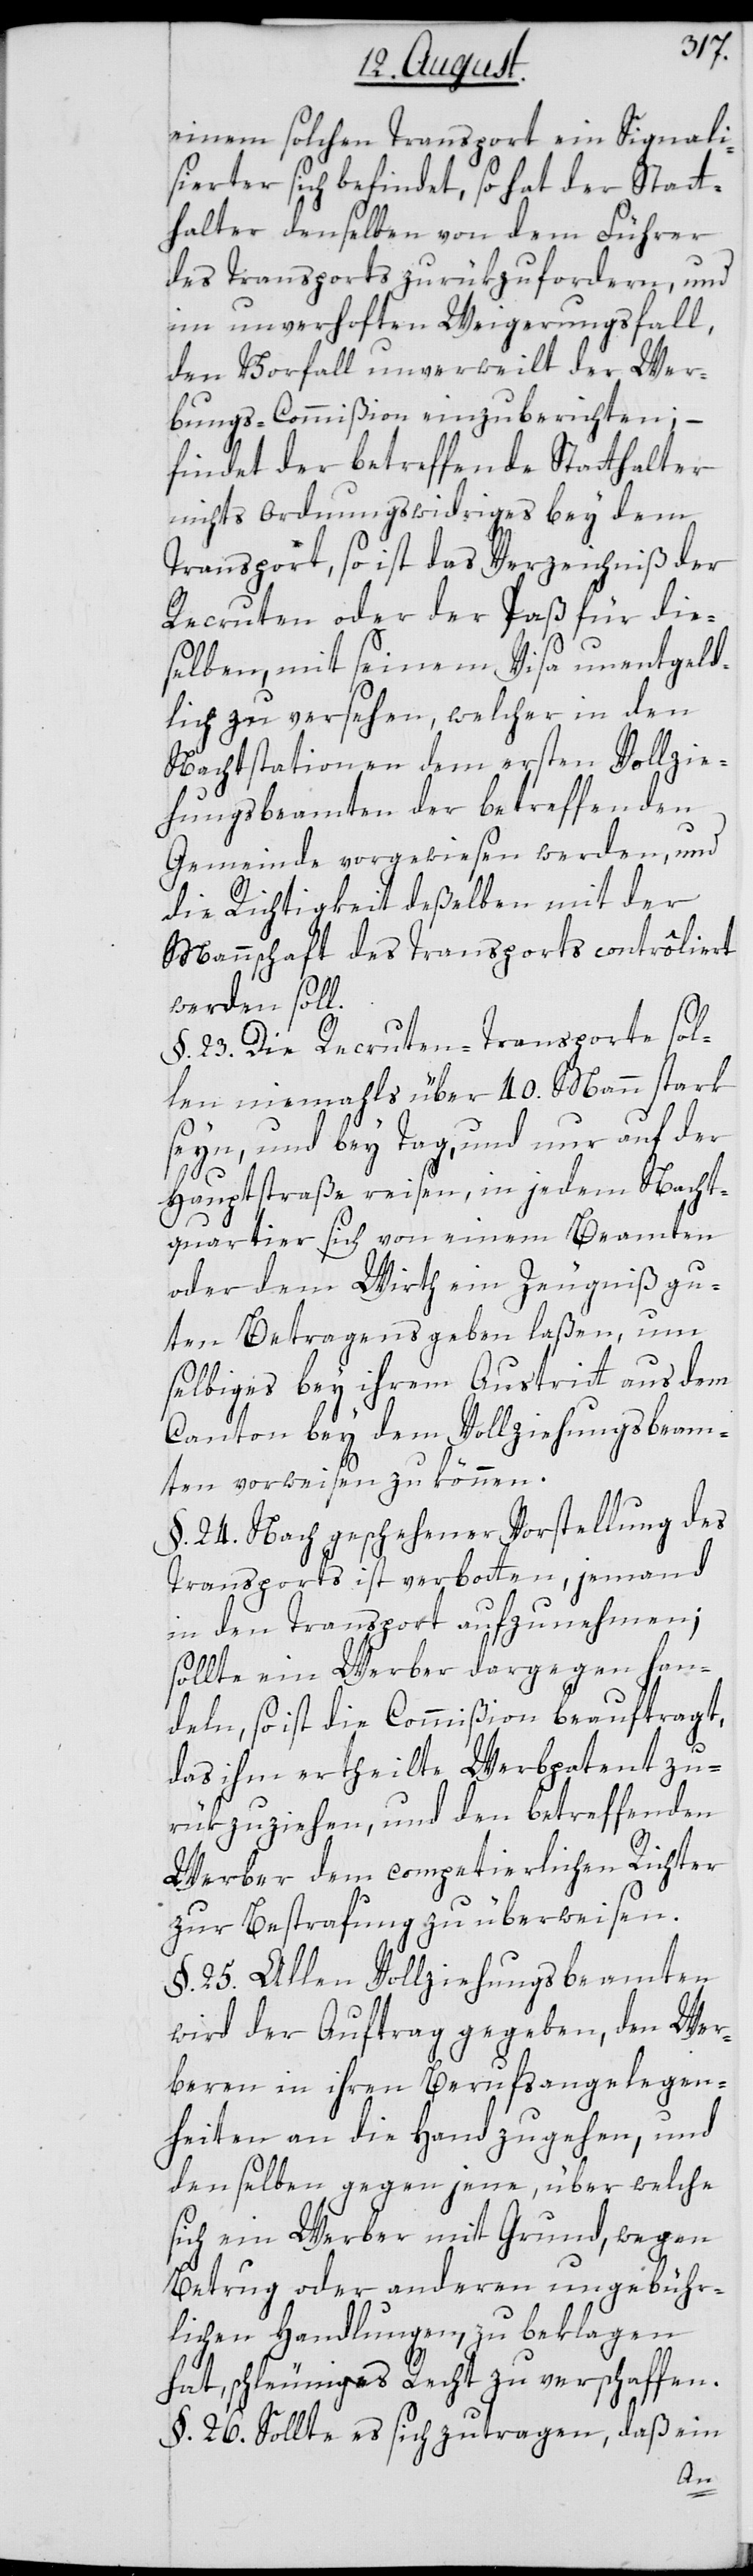
einem solchen Transport ein Signali¬
sierter sich befindet, so hat der Statt¬
halter denselben von dem Führer
des Transports zurükzufordern, und
im unverhoften Weigerungsfall,
den Vorfall unverweilt der Wer¬
bungs-Commißion einzuberichten; –
findet der betreffende Statthalter
nichts ordnungswidriges bey dem
Transport, so ist das Verzeichniß der
Recruten oder der Paß für die¬
selben, mit seinem Visa unentgeld¬
lich zu versehen, welcher in den
Nachtstationen dem ersten Vollzie¬
hungsbeamten der betreffenden
Gemeinde vorgewiesen werden, und
die Richtigkeit deßelben mit der
Mannschaft des Transports contrôliert
werden soll.
§. 23. Die Recruten-Transporte sol¬
len niemahls über 40. Mann stark
seyn, und bey Tag, und nur auf der
Hauptstraße reisen, in jedem Nacht¬
quartier sich von einem Beamten
oder dem Wirth ein Zeugniß gu¬
ten Betragens geben laßen, um
selbiges bey ihrem Austritt aus dem
Canton bey dem Vollziehungsbeam¬
ten vorweisen zu können.
§. 24. Nach geschehener Vorstellung des
Transports ist verbotten, jemand
in den Transport aufzunehmen;
sollte ein Werber dargegen han¬
deln, so ist die Commißion beauftragt,
das ihm ertheilte Werbpatent zu¬
rükzuziehen, und den betreffenden
Werber dem competierlichen Richter
zur Bestrafung zu überweisen.
§ 25 Allen Vollziehungsbeamten
wird der Auftrag gegeben, den Wer¬
beren in ihren Berufsangelegen¬
heiten an die Hand zu gehen, und
denselben gegen jene, über welche
ich ein Werber mit Grund, wegen
Betrug oder anderen ungebühr¬
lichen Handlungen, zu beklagen
hat, schleuniges Recht zu verschaffen.
§. 26. Sollte es sich zutragen, daß ein
s¬